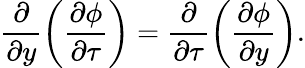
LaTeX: \frac{\partial}{\partial y}\left(\frac{\partial\phi}{\partial\tau}\right)=\frac{\partial}{\partial\tau}\left(\frac{\partial\phi}{\partial y}\right).